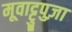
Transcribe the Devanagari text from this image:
मूवाट्टुपुज़ा